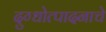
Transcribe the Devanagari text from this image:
दुग्धोत्पादनाचे